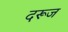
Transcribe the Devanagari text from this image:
दरूज